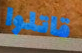
قاتلوا